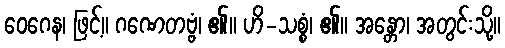
ဝေဂေန၊ ဖြင့်။ ဂဏေတဗ္ဗံ၊ ၏။ ဟိ-သစ္စံ၊ ၏။ အန္တော၊ အတွင်းသို့။